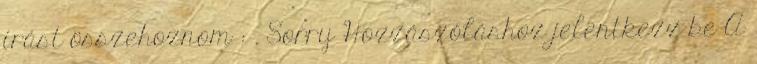
írást összehoznom : . Sorry Hozzászóláshoz jelentkezz be A